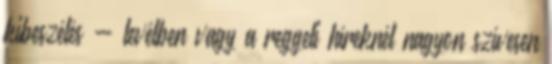
kibeszélés - levélben vagy a reggeli híreknél nagyon szívesen